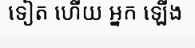
ទៀត ហើយ អ្នក ឡើង